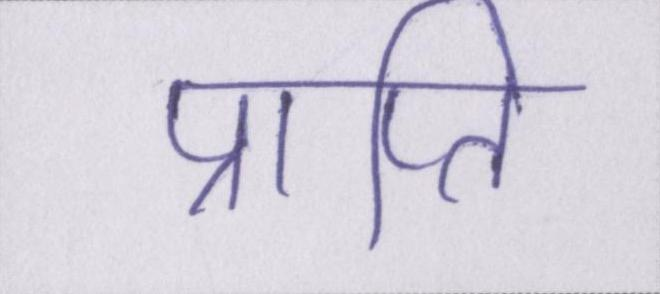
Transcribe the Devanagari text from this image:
प्राप्ति